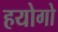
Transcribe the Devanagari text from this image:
हयोगो